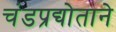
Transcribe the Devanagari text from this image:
चंडप्रद्योताने